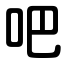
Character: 吧